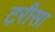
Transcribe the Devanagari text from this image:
टरीसा